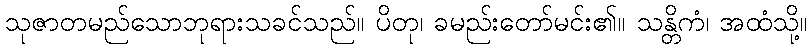
သုဇာတမည်သောဘုရားသခင်သည်။ ပိတု၊ ခမည်းတော်မင်း၏။ သန္တိကံ၊ အထံသို့။